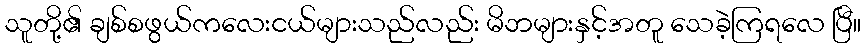
သူတို့၏ ချစ်စဖွယ်ကလေးငယ်များသည်လည်း မိဘများနှင့်အတူ သေခဲ့ကြရလေ ပြီ။